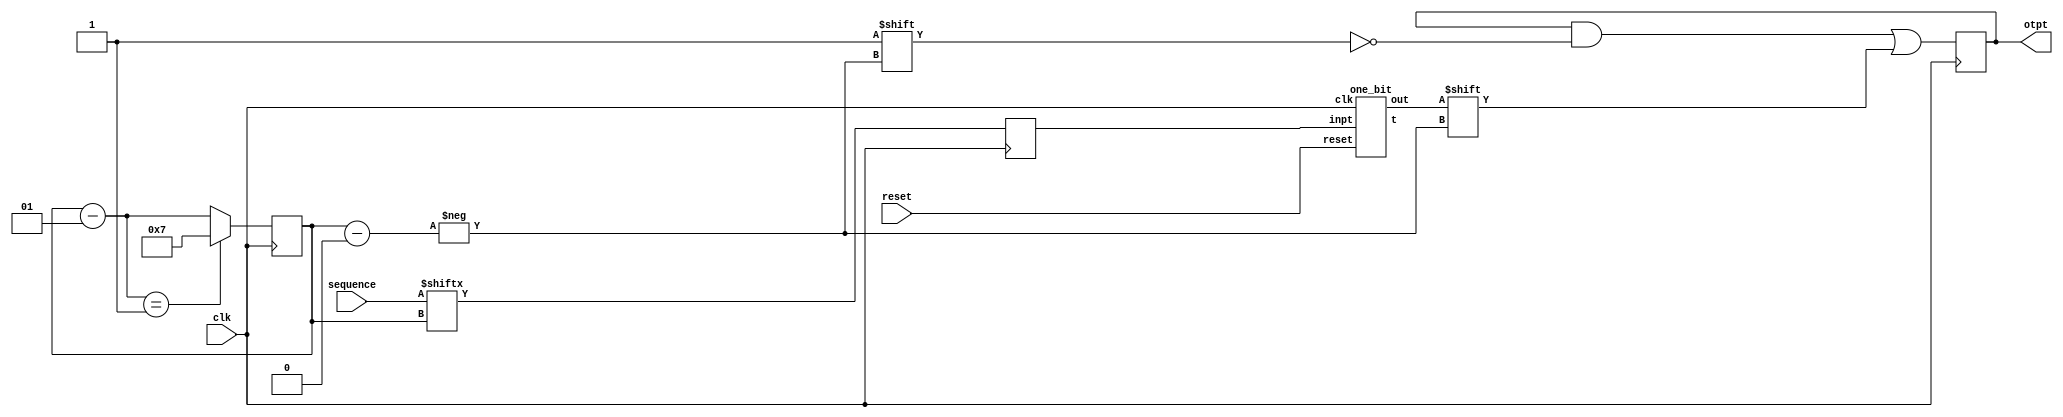
//sequnce detector 1010 main code
module sequence_1010(otpt,sequence,reset,clk);

	input [7:0] sequence;
	input reset, clk;
  output reg [7:0] otpt=8'd0;
	wire t; wire[2:0] wir;
	reg j=0; integer cnt=7; // for 8 bits input
	one_bit calling1(t,wir,j, clk,reset);

	always @(negedge clk) begin
		j=sequence[cnt];
		#1 otpt[cnt]=t;
		cnt=cnt-1;
		if(cnt==-1) begin
		  cnt=7; // since it's of only 8 bits input each
		end
	end
endmodule

// involving d-flip flops
module dff(q,d,clk,reset);
    output reg q=1'b0;
    input reset;
    always@(reset) begin
        q=0;
    end

    input d,clk;
        always @(posedge clk) begin
            q=d;
        end
endmodule

// taking one bit at a time
module one_bit(out,t,inpt,clk,reset);
  output out;
  input inpt, clk, reset;
  output wire[2:0] t; 
  // 1st call
  dff d1(t[0],inpt,clk,reset); 
  // 2nd call
  dff d2(t[1],t[0],clk,reset);
  // 3rd call
  dff d3(t[2],t[1],clk,reset);
  assign out = ~inpt & (t[0]) &t[2]& (~t[1]);
endmodule